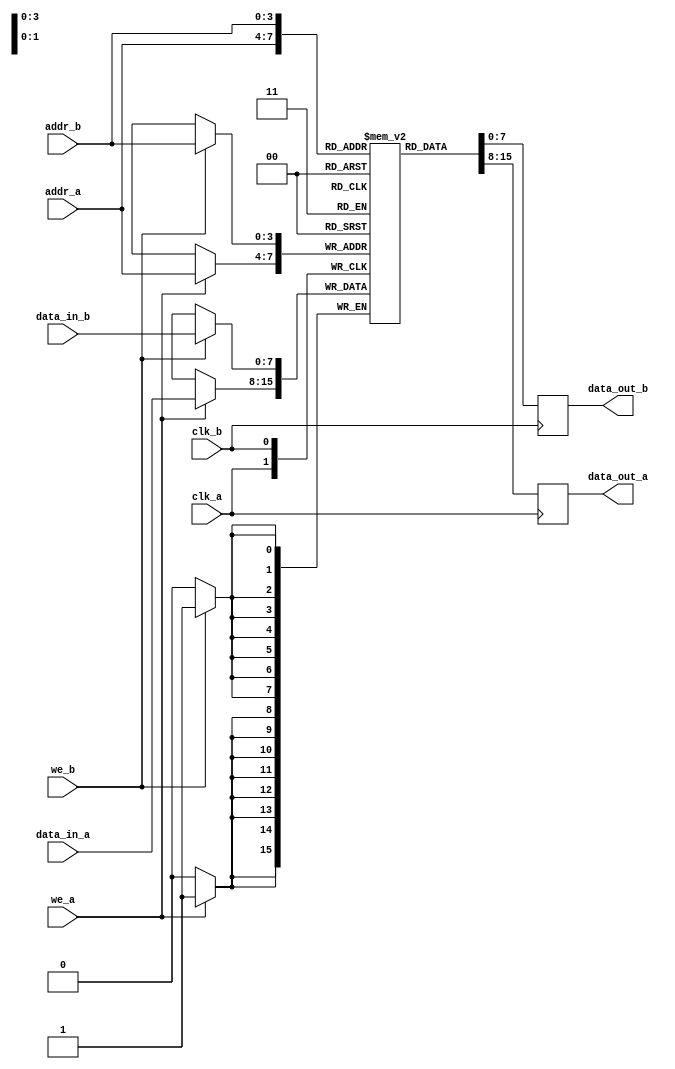
module dual_port_ram #(
    parameter DATA_WIDTH = 8,      // Width of each data word
    parameter ADDR_WIDTH = 4       // Width of the address bus
) (
    // Port A
    input wire clk_a,
    input wire we_a,
    input wire [ADDR_WIDTH-1:0] addr_a,
    input wire [DATA_WIDTH-1:0] data_in_a,
    output reg [DATA_WIDTH-1:0] data_out_a,

    // Port B
    input wire clk_b,
    input wire we_b,
    input wire [ADDR_WIDTH-1:0] addr_b,
    input wire [DATA_WIDTH-1:0] data_in_b,
    output reg [DATA_WIDTH-1:0] data_out_b
);

    // Memory array declaration
    reg [DATA_WIDTH-1:0] ram [(1 << ADDR_WIDTH) - 1:0];

    // Port A operations
    always @(posedge clk_a) begin
        if (we_a) begin
            // Write operation for Port A
            ram[addr_a] <= data_in_a;
        end
        // Read operation for Port A
        data_out_a <= ram[addr_a];
    end

    // Port B operations
    always @(posedge clk_b) begin
        if (we_b) begin
            // Write operation for Port B
            ram[addr_b] <= data_in_b;
        end
        // Read operation for Port B
        data_out_b <= ram[addr_b];
    end

endmodule